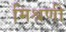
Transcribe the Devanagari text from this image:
मिश्रणी